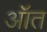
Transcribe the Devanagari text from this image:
ऑत